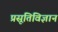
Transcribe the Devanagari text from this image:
प्रसूतिविज्ञान